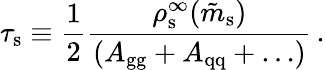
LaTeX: \tau_{\mathrm{s}}\equiv{\frac{1}{2}}{\frac{\rho_{\mathrm{s}}^{\infty}(\tilde{m}_{\mathrm{s}})}{(A_{\mathrm{gg}}+A_{\mathrm{qq}}+\ldots)}}\, .